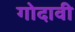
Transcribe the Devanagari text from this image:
गोदावी